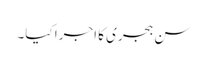
سن ہجری کا اجرا کیا۔